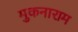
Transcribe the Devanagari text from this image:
मुकनाराम